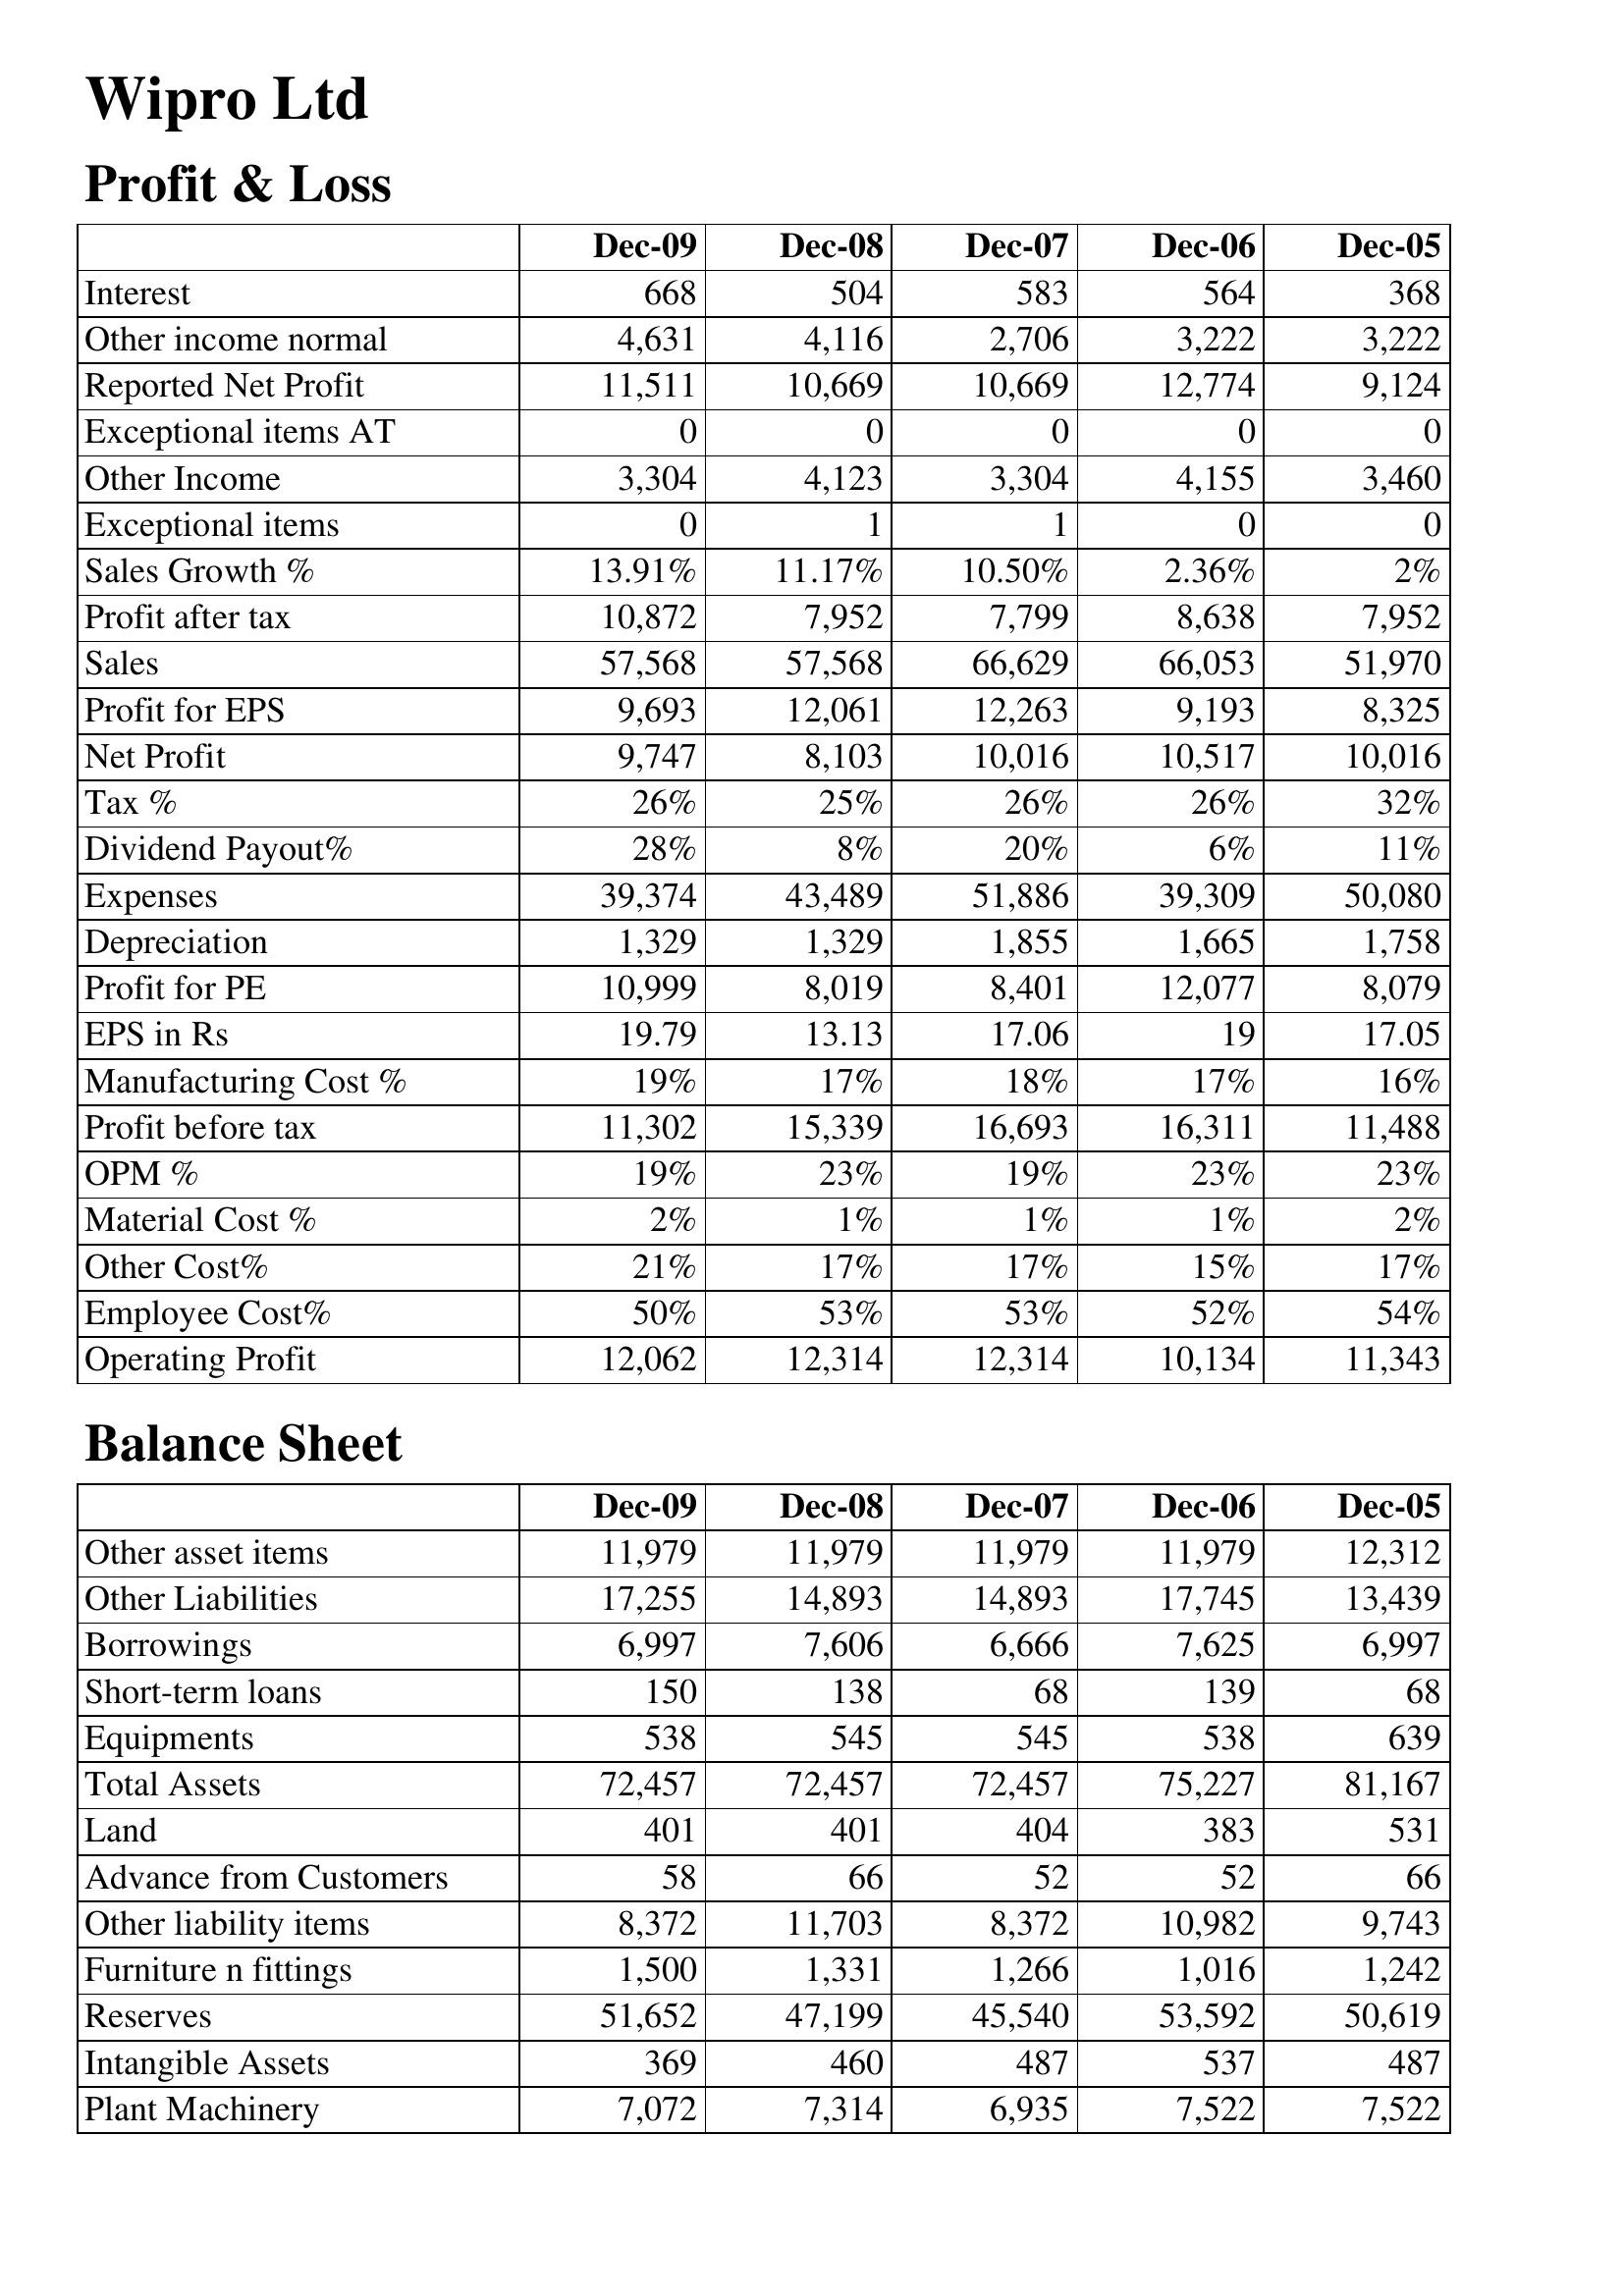
Dec-09: Profit & Loss: Interest: 668
Other income normal: 4,631
Reported Net Profit: 11,511
Exceptional items AT: 0
Other Income: 3,304
Exceptional items: 0
Sales Growth %: 13.91%
Profit after tax: 10,872
Sales: 57,568
Profit for EPS: 9,693
Net Profit: 9,747
Tax %: 26%
Dividend Payout%: 28%
Expenses: 39,374
Depreciation: 1,329
Profit for PE: 10,999
EPS in Rs: 19.79
Manufacturing Cost %: 19%
Profit before tax: 11,302
OPM %: 19%
Material Cost %: 2%
Other Cost%: 21%
Employee Cost%: 50%
Operating Profit: 12,062
Balance Sheet: Other asset items: 11,979
Other Liabilities: 17,255
Borrowings: 6,997
Short-term loans: 150
Equipments: 538
Total Assets: 72,457
Land: 401
Advance from Customers: 58
Other liability items: 8,372
Furniture n fittings: 1,500
Reserves: 51,652
Intangible Assets: 369
Plant Machinery: 7,072
Dec-08: Profit & Loss: Interest: 504
Other income normal: 4,116
Reported Net Profit: 10,669
Exceptional items AT: 0
Other Income: 4,123
Exceptional items: 1
Sales Growth %: 11.17%
Profit after tax: 7,952
Sales: 57,568
Profit for EPS: 12,061
Net Profit: 8,103
Tax %: 25%
Dividend Payout%: 8%
Expenses: 43,489
Depreciation: 1,329
Profit for PE: 8,019
EPS in Rs: 13.13
Manufacturing Cost %: 17%
Profit before tax: 15,339
OPM %: 23%
Material Cost %: 1%
Other Cost%: 17%
Employee Cost%: 53%
Operating Profit: 12,314
Balance Sheet: Other asset items: 11,979
Other Liabilities: 14,893
Borrowings: 7,606
Short-term loans: 138
Equipments: 545
Total Assets: 72,457
Land: 401
Advance from Customers: 66
Other liability items: 11,703
Furniture n fittings: 1,331
Reserves: 47,199
Intangible Assets: 460
Plant Machinery: 7,314
Dec-07: Profit & Loss: Interest: 583
Other income normal: 2,706
Reported Net Profit: 10,669
Exceptional items AT: 0
Other Income: 3,304
Exceptional items: 1
Sales Growth %: 10.50%
Profit after tax: 7,799
Sales: 66,629
Profit for EPS: 12,263
Net Profit: 10,016
Tax %: 26%
Dividend Payout%: 20%
Expenses: 51,886
Depreciation: 1,855
Profit for PE: 8,401
EPS in Rs: 17.06
Manufacturing Cost %: 18%
Profit before tax: 16,693
OPM %: 19%
Material Cost %: 1%
Other Cost%: 17%
Employee Cost%: 53%
Operating Profit: 12,314
Balance Sheet: Other asset items: 11,979
Other Liabilities: 14,893
Borrowings: 6,666
Short-term loans: 68
Equipments: 545
Total Assets: 72,457
Land: 404
Advance from Customers: 52
Other liability items: 8,372
Furniture n fittings: 1,266
Reserves: 45,540
Intangible Assets: 487
Plant Machinery: 6,935
Dec-06: Profit & Loss: Interest: 564
Other income normal: 3,222
Reported Net Profit: 12,774
Exceptional items AT: 0
Other Income: 4,155
Exceptional items: 0
Sales Growth %: 2.36%
Profit after tax: 8,638
Sales: 66,053
Profit for EPS: 9,193
Net Profit: 10,517
Tax %: 26%
Dividend Payout%: 6%
Expenses: 39,309
Depreciation: 1,665
Profit for PE: 12,077
EPS in Rs: 19
Manufacturing Cost %: 17%
Profit before tax: 16,311
OPM %: 23%
Material Cost %: 1%
Other Cost%: 15%
Employee Cost%: 52%
Operating Profit: 10,134
Balance Sheet: Other asset items: 11,979
Other Liabilities: 17,745
Borrowings: 7,625
Short-term loans: 139
Equipments: 538
Total Assets: 75,227
Land: 383
Advance from Customers: 52
Other liability items: 10,982
Furniture n fittings: 1,016
Reserves: 53,592
Intangible Assets: 537
Plant Machinery: 7,522
Dec-05: Profit & Loss: Interest: 368
Other income normal: 3,222
Reported Net Profit: 9,124
Exceptional items AT: 0
Other Income: 3,460
Exceptional items: 0
Sales Growth %: 2%
Profit after tax: 7,952
Sales: 51,970
Profit for EPS: 8,325
Net Profit: 10,016
Tax %: 32%
Dividend Payout%: 11%
Expenses: 50,080
Depreciation: 1,758
Profit for PE: 8,079
EPS in Rs: 17.05
Manufacturing Cost %: 16%
Profit before tax: 11,488
OPM %: 23%
Material Cost %: 2%
Other Cost%: 17%
Employee Cost%: 54%
Operating Profit: 11,343
Balance Sheet: Other asset items: 12,312
Other Liabilities: 13,439
Borrowings: 6,997
Short-term loans: 68
Equipments: 639
Total Assets: 81,167
Land: 531
Advance from Customers: 66
Other liability items: 9,743
Furniture n fittings: 1,242
Reserves: 50,619
Intangible Assets: 487
Plant Machinery: 7,522